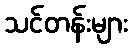
သင်တန်းများ